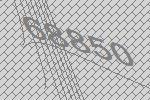
68850